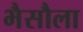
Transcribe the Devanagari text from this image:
भैसौला